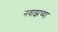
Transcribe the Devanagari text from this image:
नवाझच्या